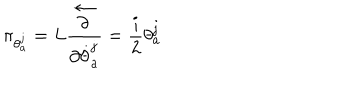
LaTeX: \pi _ { \theta _ { a } ^ { j } } = L \frac { \stackrel { \leftarrow } { \partial } } { \partial \dot { \theta } _ { a } ^ { j } } = \frac { i } { 2 } \theta _ { a } ^ { j }